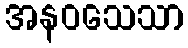
အနဝသေသာ